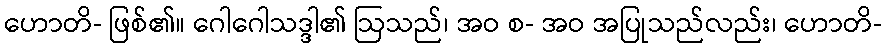
ဟောတိ- ဖြစ်၏။ ဂေါဂေါသဒ္ဒါ၏ ဩသည်၊ အဝ စ- အဝ အပြုသည်လည်း၊ ဟောတိ-